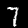
Digit: 7